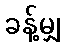
ခန့်မျှ